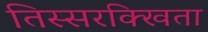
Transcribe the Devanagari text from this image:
तिस्सरक्खिता